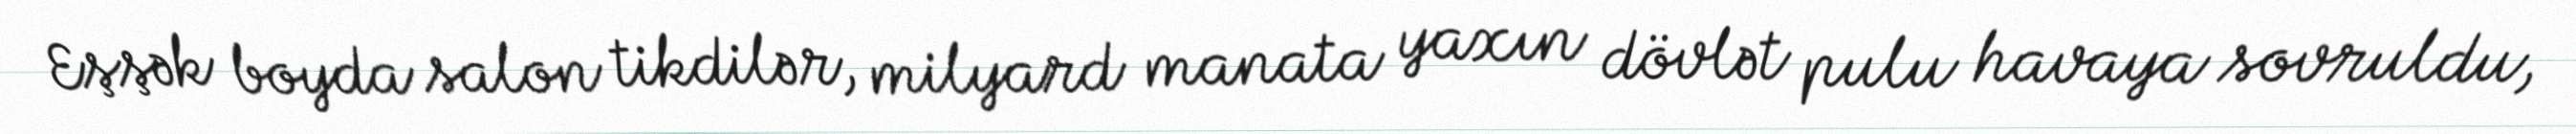
Eşşək boyda salon tikdilər, milyard manata yaxın dövlət pulu havaya sovruldu,